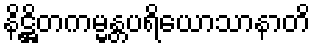
နိဋ္ဌိတကမ္မန္တပရိယောသာနာတိ